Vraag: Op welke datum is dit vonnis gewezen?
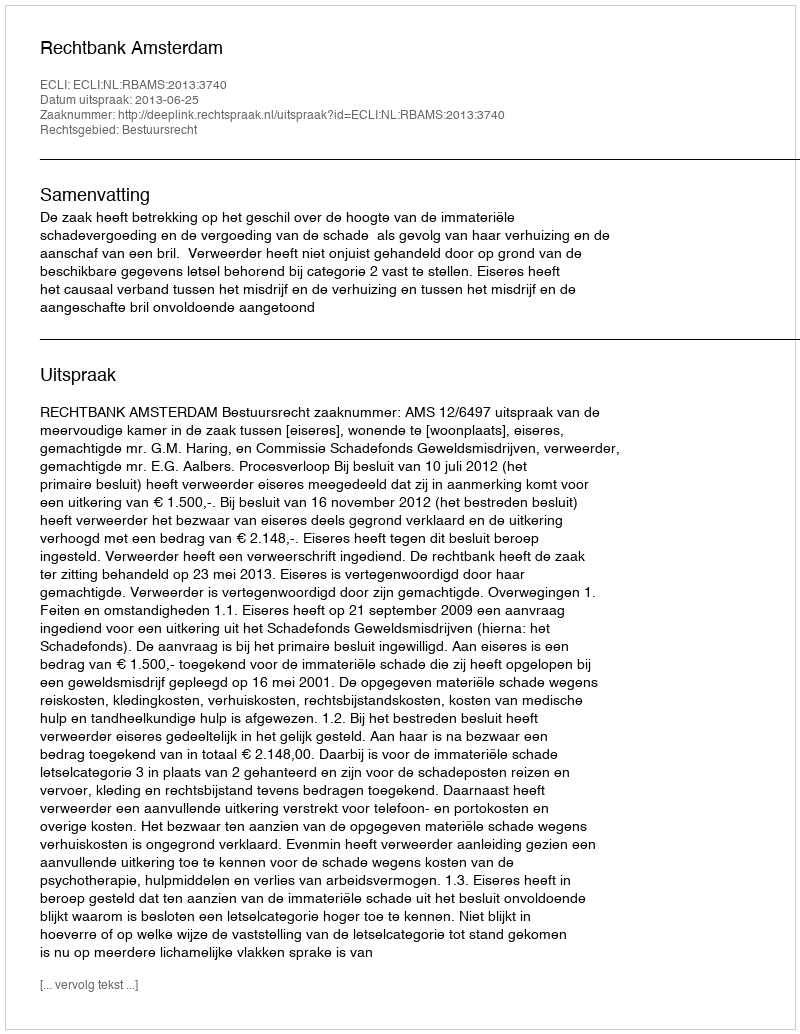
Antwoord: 2013-06-25